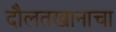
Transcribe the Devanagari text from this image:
दौलतखानाचा